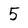
Character: 5